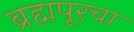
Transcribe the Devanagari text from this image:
ब्रह्मपूरचा